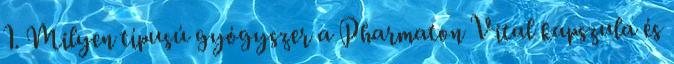
1. Milyen típusú gyógyszer a Pharmaton Vital kapszula és